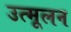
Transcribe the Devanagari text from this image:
उत्मूलन